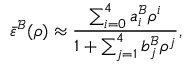
\bar { \varepsilon } ^ { \mathcal { B } } ( \rho ) \approx \frac { \sum _ { i = 0 } ^ { 4 } a _ { i } ^ { \mathcal { B } } \rho ^ { i } } { 1 + \sum _ { j = 1 } ^ { 4 } b _ { j } ^ { \mathcal { B } } \rho ^ { j } } ,